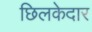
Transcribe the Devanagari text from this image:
छिलकेदार